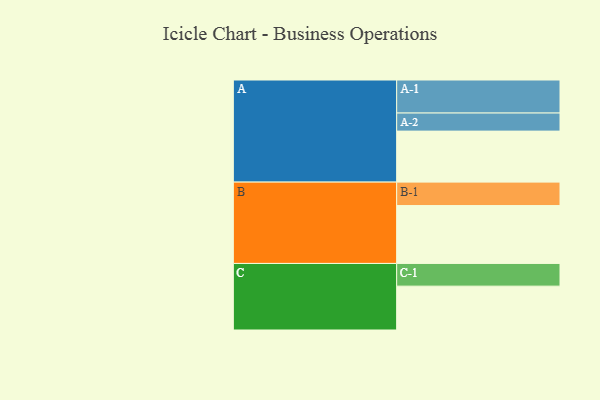
{"axis": {"x": "Segment", "y": "Value"}, "legend": ["", "A", "B", "C"], "data": [{"x": "A", "y": 400, "type": ""}, {"x": "B", "y": 454, "type": ""}, {"x": "C", "y": 344, "type": ""}, {"x": "A-1", "y": 259, "type": "A"}, {"x": "A-2", "y": 142, "type": "A"}, {"x": "B-1", "y": 184, "type": "B"}, {"x": "C-1", "y": 178, "type": "C"}]}